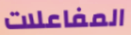
المفاعلات